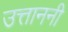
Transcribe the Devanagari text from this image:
उत्ताननी